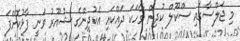
މި ޖަލްސާގައި ސްކޫލް ކުދިން ވާހަކަ ދައްކައި އެކުދިންގެ ޝުއޫރު ވަނީ ފާޅުކޮށްފަ